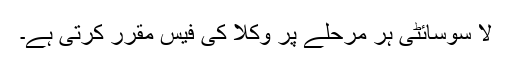
لا سوسائٹی ہر مرحلے پر وکلا کی فیس مقرر کرتی ہے۔